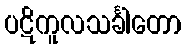
ပဋိကူလသင်္ခါတော